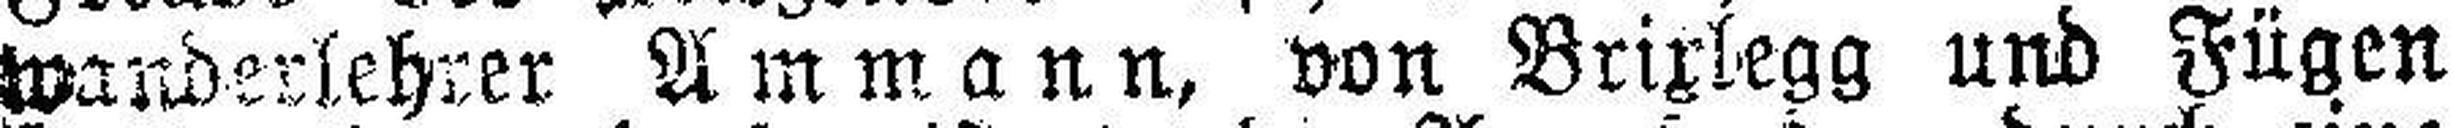
wanderlehrer Ammann, von Brixlegg und Fügen